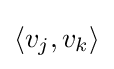
\langle v_{j},v_{k}\rangle